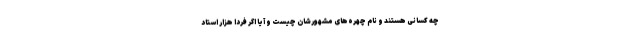
چه کسانی هستند و نام چهره‌های مشهورشان چیست و آیا اگر فردا هزار استاد